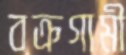
বক্রগামী